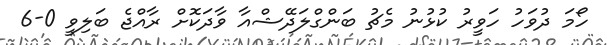
ހޯމަ ދުވަހު ހަވީރު ކުޅުނު މެޗު ބަންގްލަދޭޝްއާ ވާދަކޮށް ރާއްޖެ ބަލިވީ 0-6